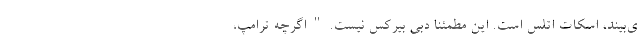
ی‌بیند، اسکات اتلس است. این مطمئناً دبی بیرکس نیست. " اگرچه ترامپ،